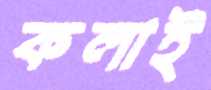
কলাই